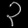
Digit: ၃